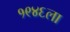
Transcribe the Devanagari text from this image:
१९४६ला